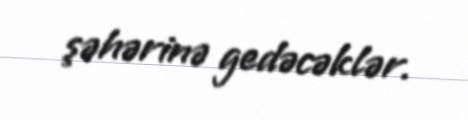
şəhərinə gedəcəklər.